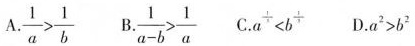
A.$$\frac { 1 } { a } > \frac { 1 } { b }$$ B.$$\frac { 1 } { a - b } > \frac { 1 } { a }$$ C. $$a ^ { 3 } < b ^ { - \frac { 1 } { 3 } }$$ D.$$a ^ { 2 } > b ^ { 2 }$$